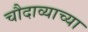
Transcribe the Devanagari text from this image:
चौदाव्याच्या